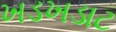
ખડખડાટ